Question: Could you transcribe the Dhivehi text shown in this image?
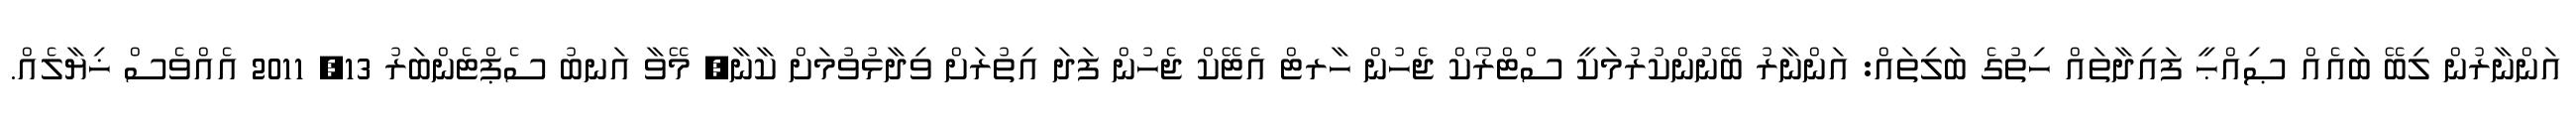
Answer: އަންނާރުން ލިބޭ ބައެއް ޞިއްޙީ ފައިދާތައް ހިތުގެ ބަލިތައް: އަންނާރު ބޭނުންކުރުމަކީ ސްޓްރޯކް ޖެހުން ހާރޓް އެޓޭކް ޖެހުން ފަދަ އިތުރަށް ވިދާޅުވުމަށް ކާނާ, މޭވާ އަނބު ސެޕްޓެންބަރު 13, 2011 އެއްވެސް ޚިޔާލެއް.